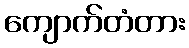
ကျောက်တံတား